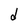
Character: d